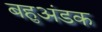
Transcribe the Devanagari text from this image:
बहुअंडक